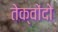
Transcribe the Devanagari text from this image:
तेक्वोंदो